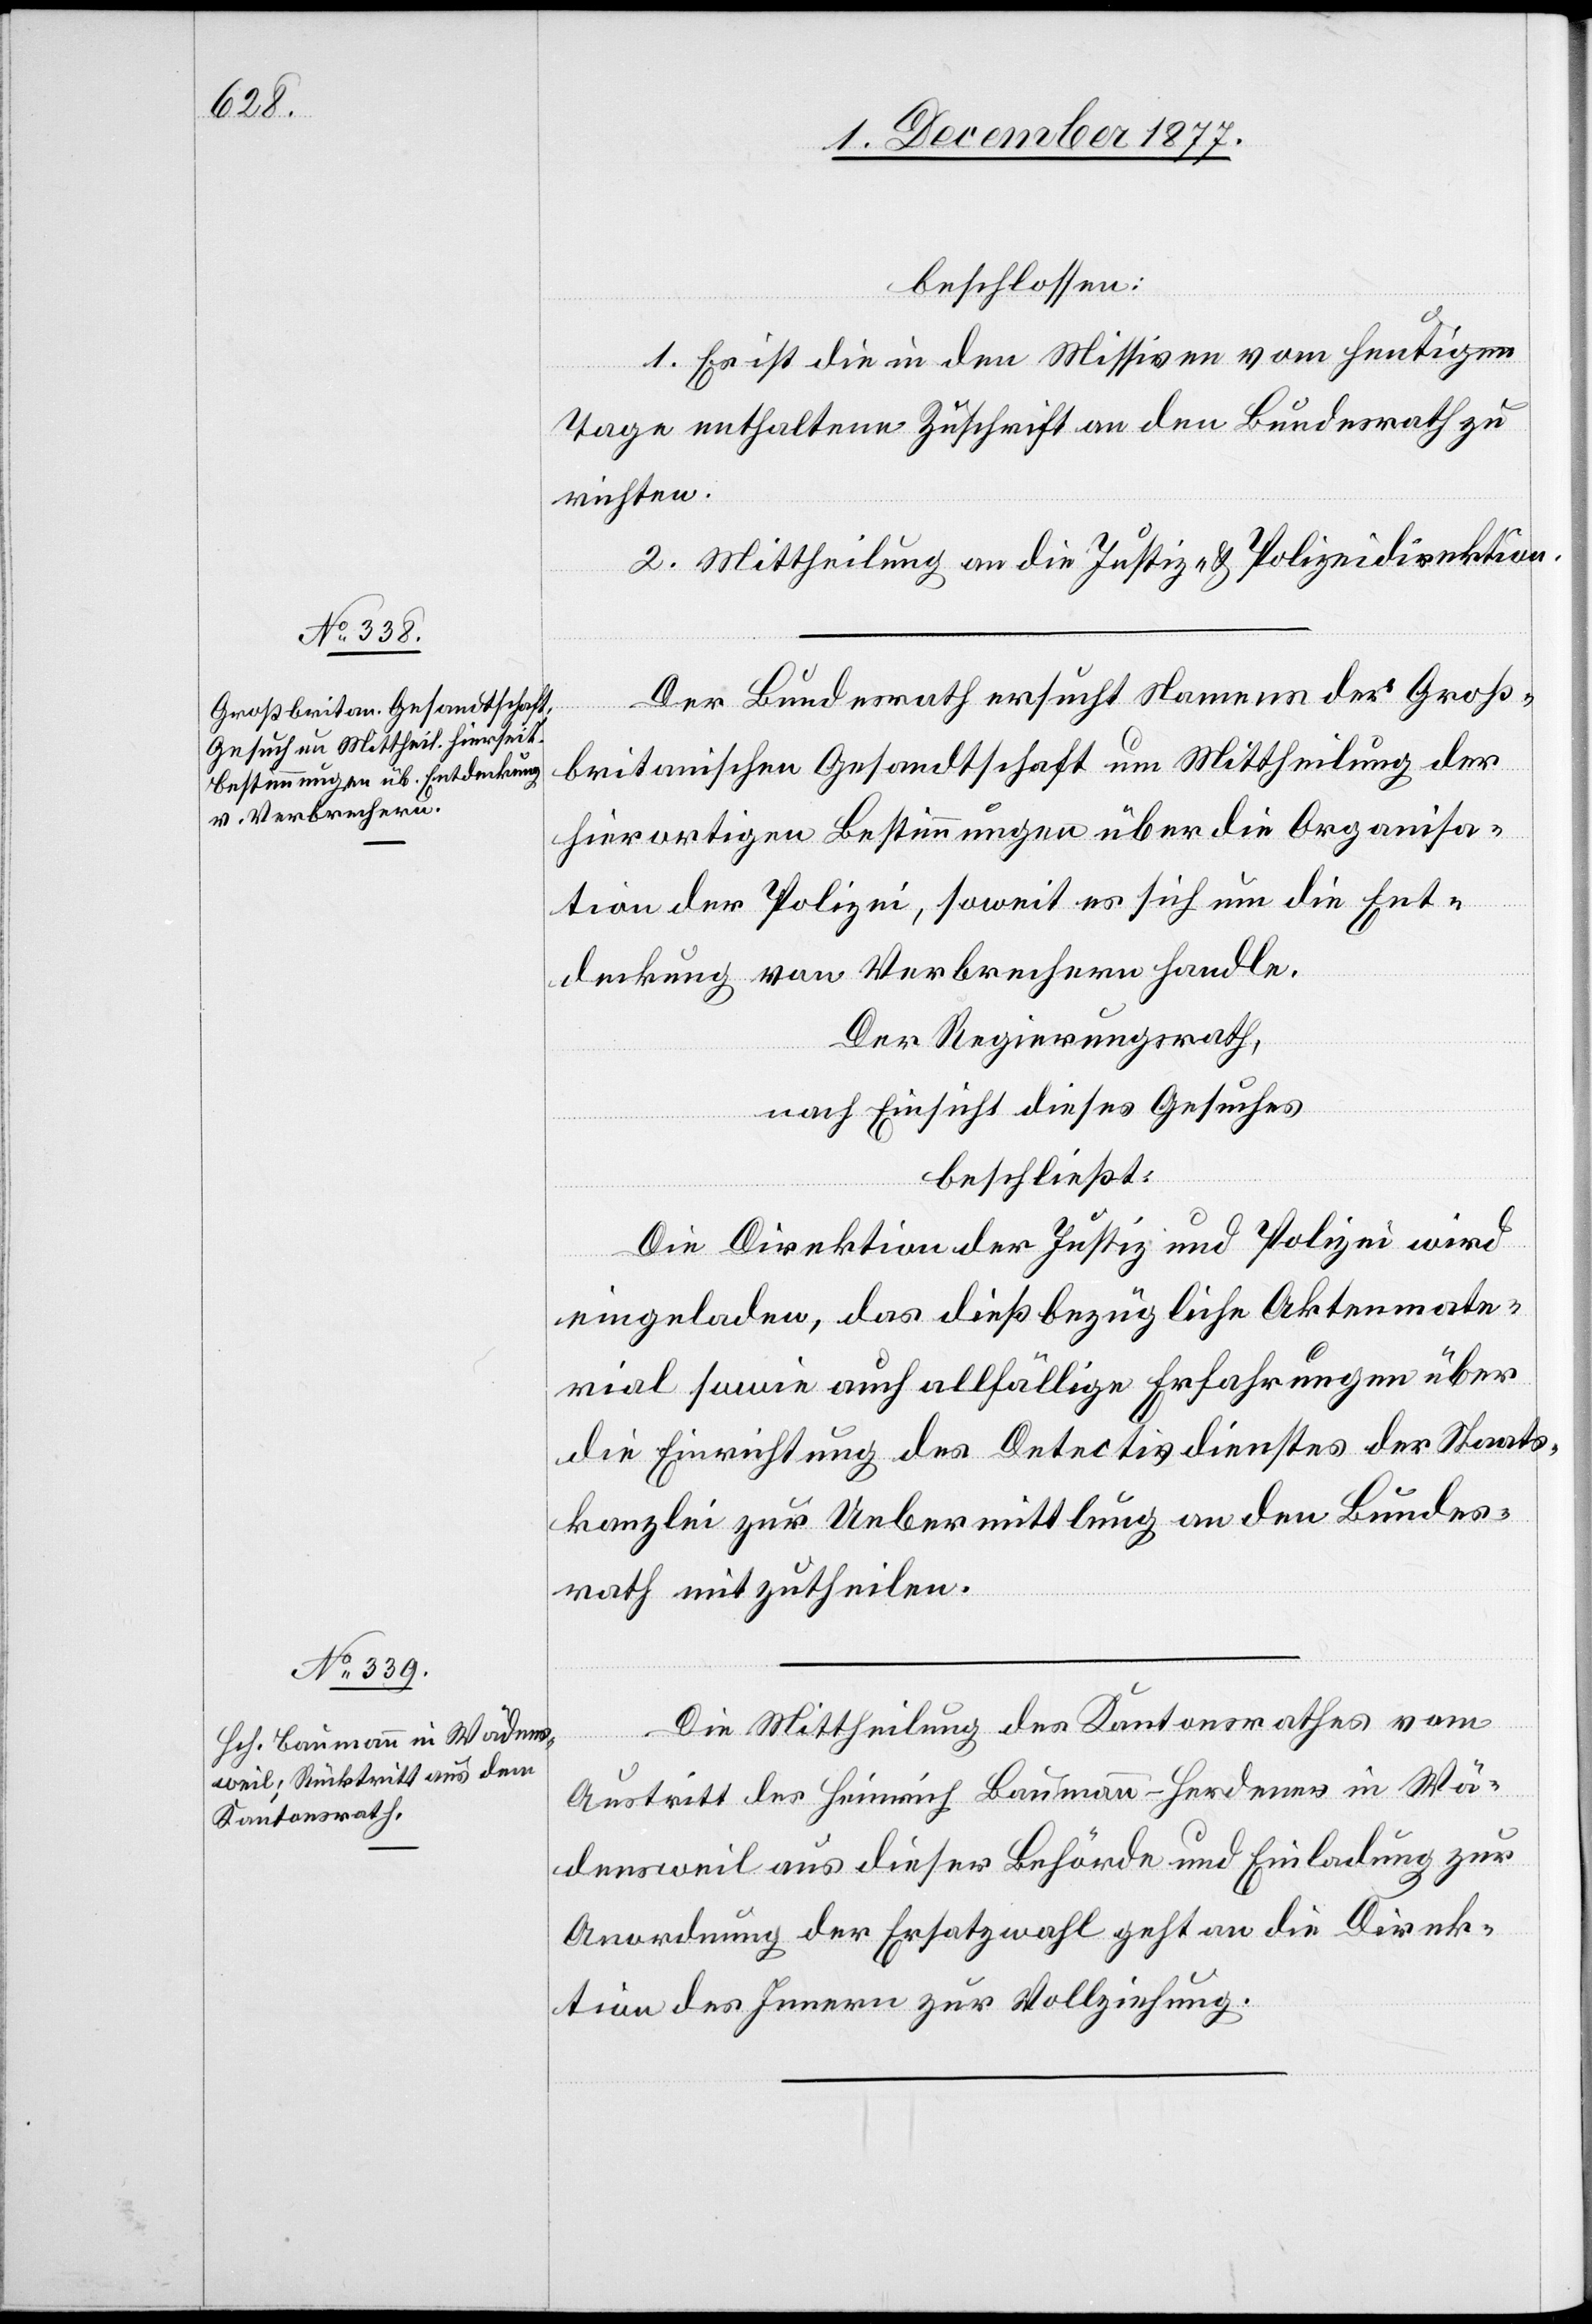
beschlossen:
1. Es ist die in den Missiven vom heutigen
Tage enthaltene Zuschrift an den Bundesrath zu
richten.
2. Mittheilung an die Justiz- & Polizeidirektion.
Der Bundesrath ersucht Namens der Groß¬
britanischen Gesandtschaft um Mittheilung der
hierortigen Bestimmungen über die Organisa¬
tion der Polizei, soweit es sich um die Ent¬
deckung von Verbrechern handle.
Der Regierungsrath,
nach Einsicht dieses Gesuches
beschließt:
Die Direktion der Justiz und Polizei wird
eingeladen, das dießbezügliche Aktenmate¬
rial sowie auch allfällige Erfahrungen über
die Einrichtung des Detectivdienstes der Staats¬
kanzlei zur Uebermittlung an den Bundes¬
rath mitzutheilen.
Die Mittheilung des Kantonsrathes vom
Austritt des Heinrich Baumann-Herdener in Wä¬
densweil aus dieser Behörde und Einladung zur
Anordnung der Ersatzwahl geht an die Direk¬
tion des Innern zur Vollziehung.